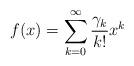
LaTeX: \begin{align*}f(x)=\sum_{k=0}^{\infty} \frac{\gamma_k}{k!}x^k\end{align*}